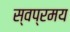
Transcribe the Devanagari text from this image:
स्वप्रमय